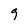
Character: 9